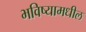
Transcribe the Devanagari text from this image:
भविष्यामधील